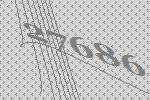
27686